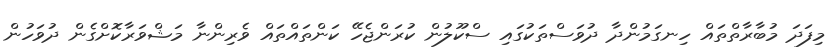
މިފަދަ މުބާރާތްތައް ހިނގަމުންދާ ދުވަސްތަކުގައި ސްކޫލުން ކުރަންޖެހޭ ކަންތައްތައް ވެރިންނާ މަޝްވަރާކޮށްގެން ދުވަހުން